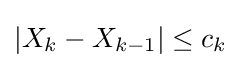
|X_{k}-X_{k-1}|\leq c_{k}